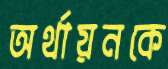
অর্থায়নকে